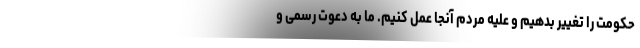
حکومت را تغییر بدهیم و علیه مردم آنجا عمل کنیم. ما به دعوت رسمی و